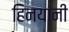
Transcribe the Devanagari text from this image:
हिनयानी